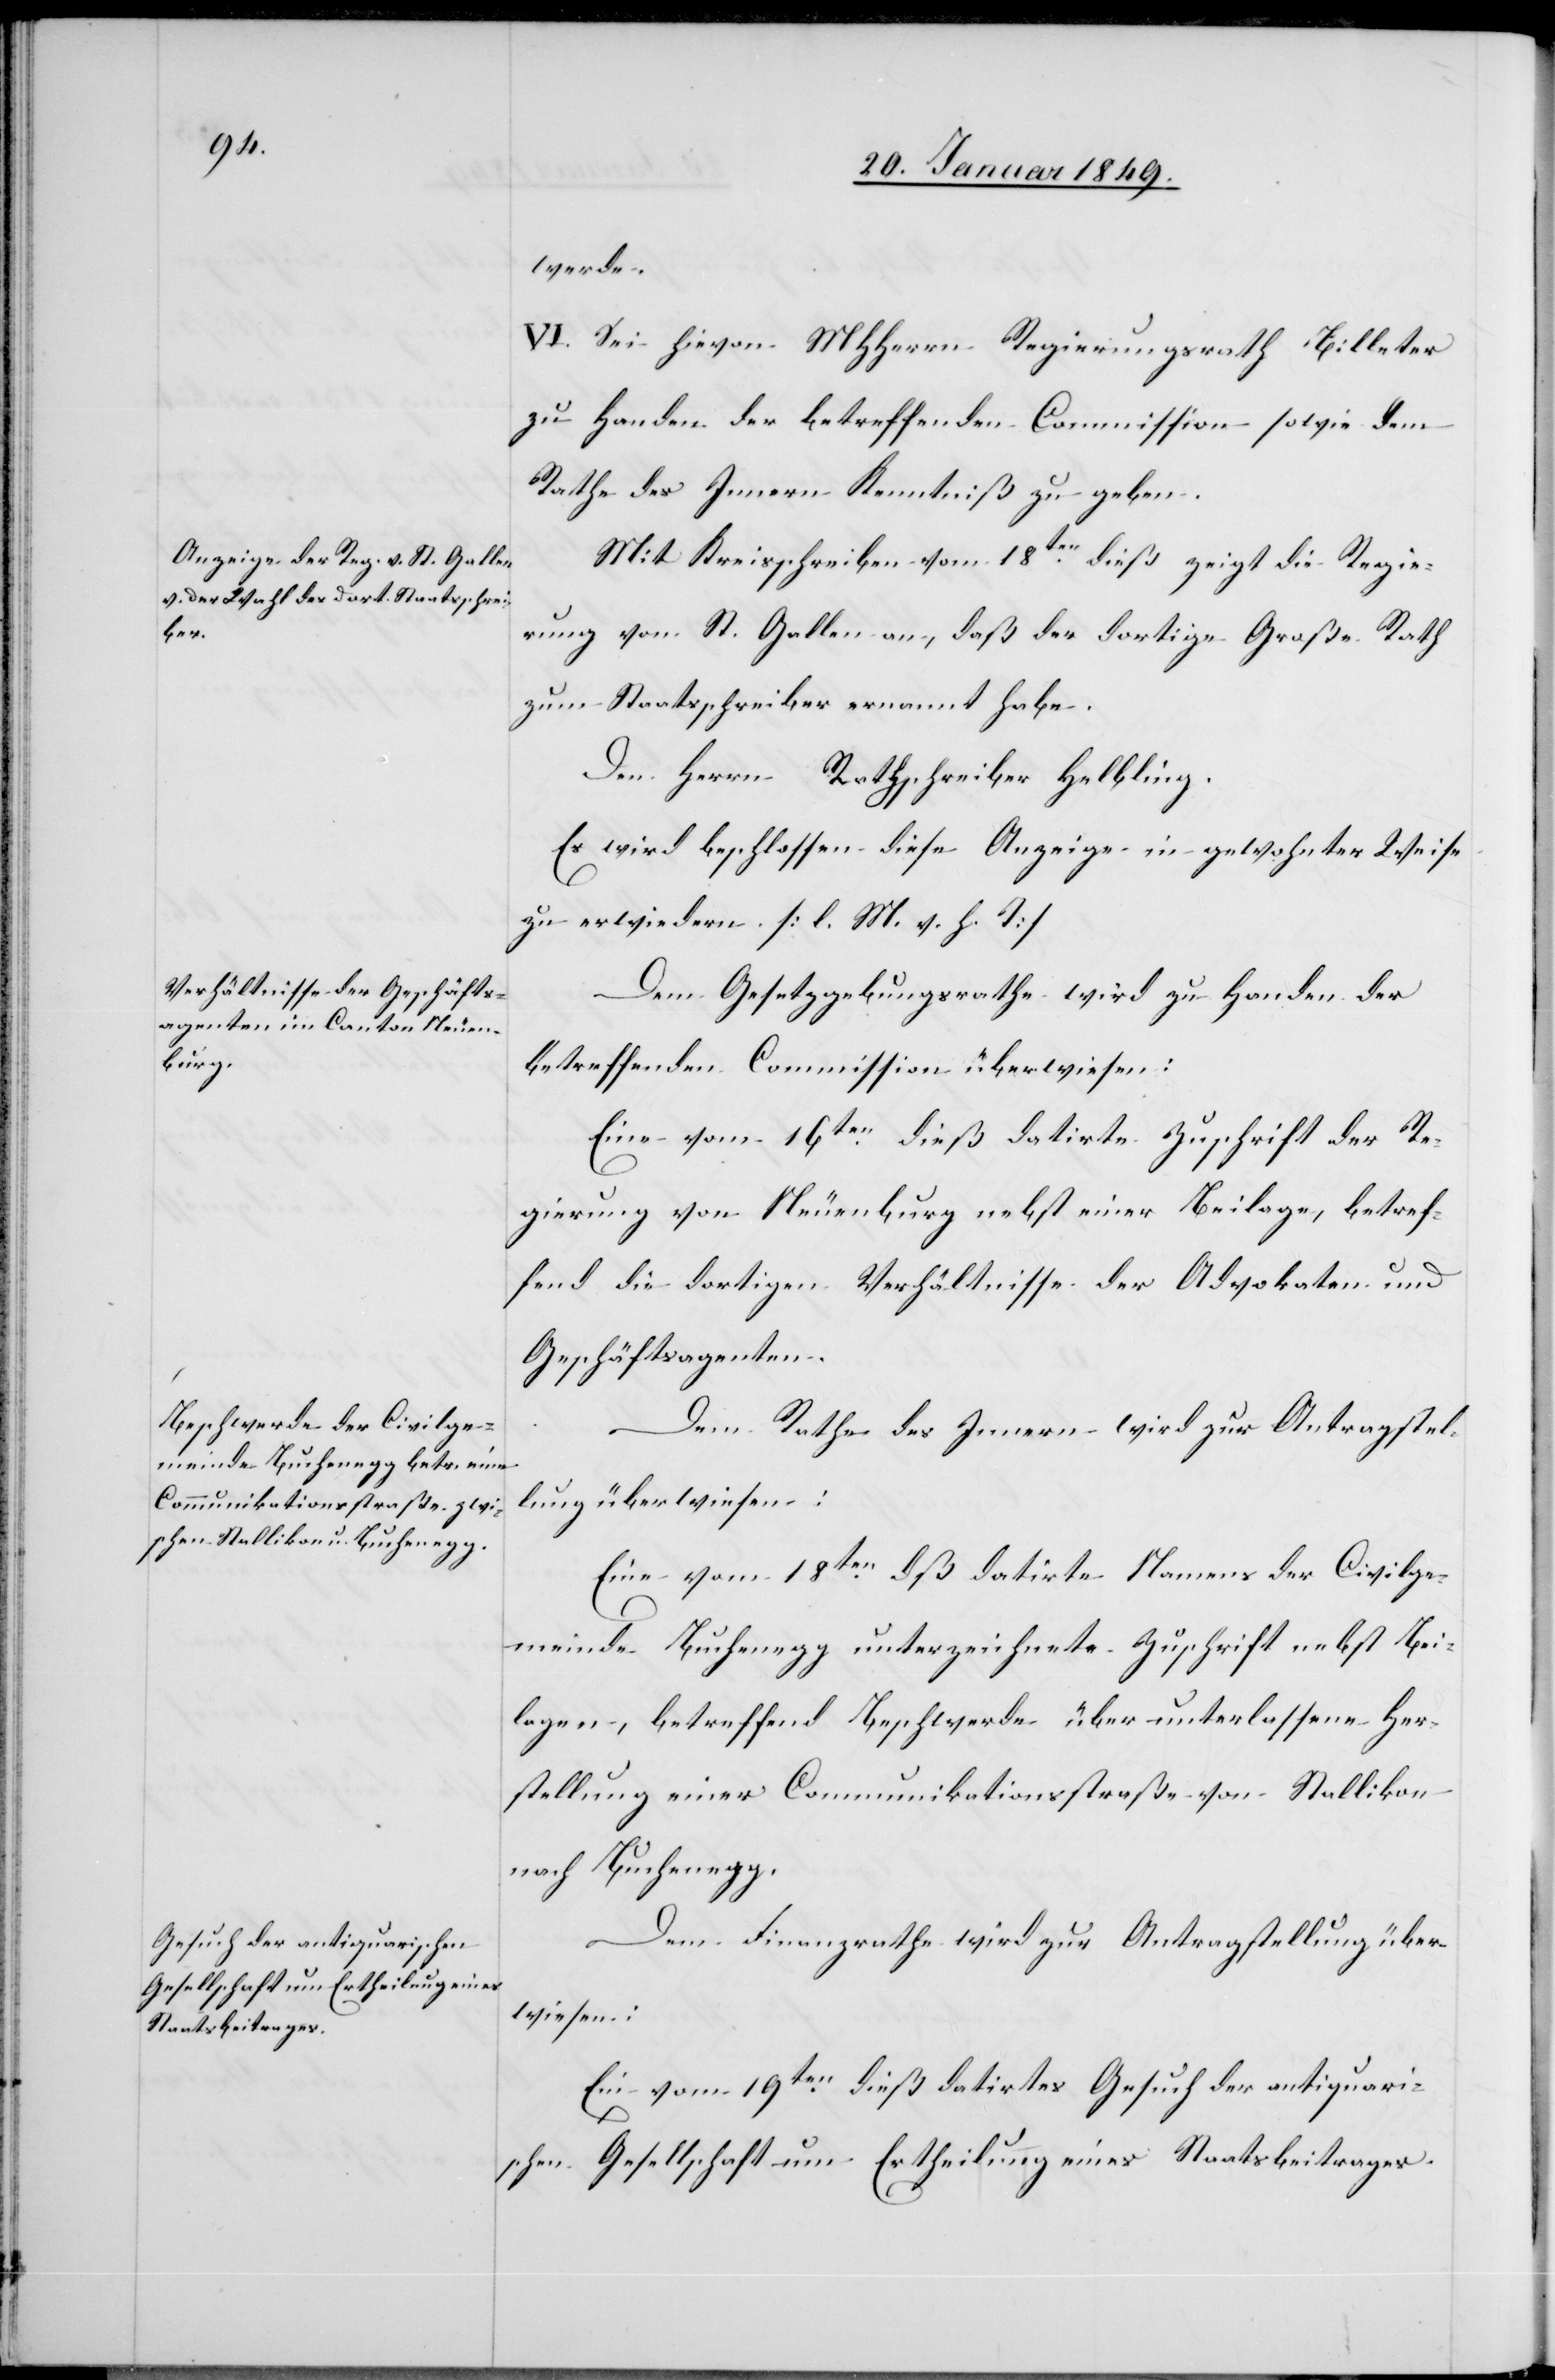
werde.
IV.] Sei hievon MHHerrn Regierungsrath Billeter
zu Handen der betreffenden Commission sowie dem
Rathe des Innern Kenntniß zu geben.
Mit Kreisschreiben vom 18ten. dieß zeigt die Regie¬
rung von St. Gallen an, daß der dortige Große Rath
zum Staatsschreiber ernannt habe.
Den Herrn Rathschreiber Helbling.
Es wird beschlossen diese Anzeige in gewohnter Weise
zu erwiedern. [l. M. v. h. T]
Dem Gesetzgebungsrathe wird zu Handen der
betreffenden Commission überwiesen:
Eine vom 16ten. dieß datirte Zuschrift der Re¬
gierung von Neuenburg nebst einer Beilage, betref¬
fend die dortigen Verhältnisse der Advokaten und
Geschäftsagenten.
Dem Rathe des Innern wird zur Antragstel¬
lung überwiesen:
Eine vom 18ten. dß datirte Namens der Civilge¬
meinde Buchenegg unterzeichnete Zuschrift nebst Bei¬
lagen, betreffend Beschwerde über unterlassene Her¬
stellung einer Communikationsstraße von Stallikon
nach Buchenegg.
Dem Finanzrathe wird zur Antragstellung über¬
wiesen:
Ein vom 19ten. dieß datirtes Gesuch der antiquari¬
schen Gesellschaft um Ertheilung eines Staatsbeitrages.